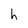
Character: h